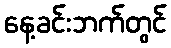
နေ့ခင်းဘက်တွင်